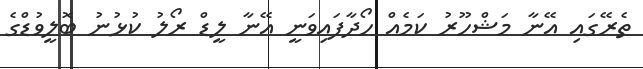
ތެރޭގައި އޭނާ މަޝްހޫރު ކަމެއް ހޯދާފައިވަނީ އޭނާ ލީޑް ރޯލު ކުޅުނު ބޮލީވުޑްގެ